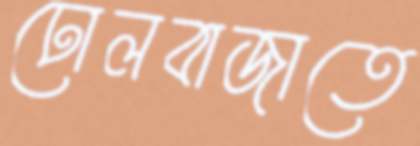
ঢোলবাজাতে